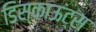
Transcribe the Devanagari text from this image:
डिस्काऊंट्स